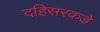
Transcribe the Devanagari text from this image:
दहिसरकडे